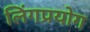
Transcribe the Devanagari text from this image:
लिंगप्रयोग